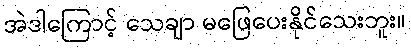
အဲဒါကြောင့် သေချာ မဖြေပေးနိုင်သေးဘူး။